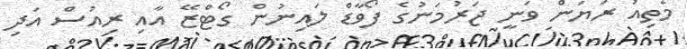
މެތިއު ރަޔަން ވަނީ ޖަރުމަނުގެ ފޯވާޑް ލައިނުން ގޯޓްޒޭ އާއި ރިއުސް އަދި